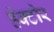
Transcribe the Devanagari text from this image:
हेक्टोर